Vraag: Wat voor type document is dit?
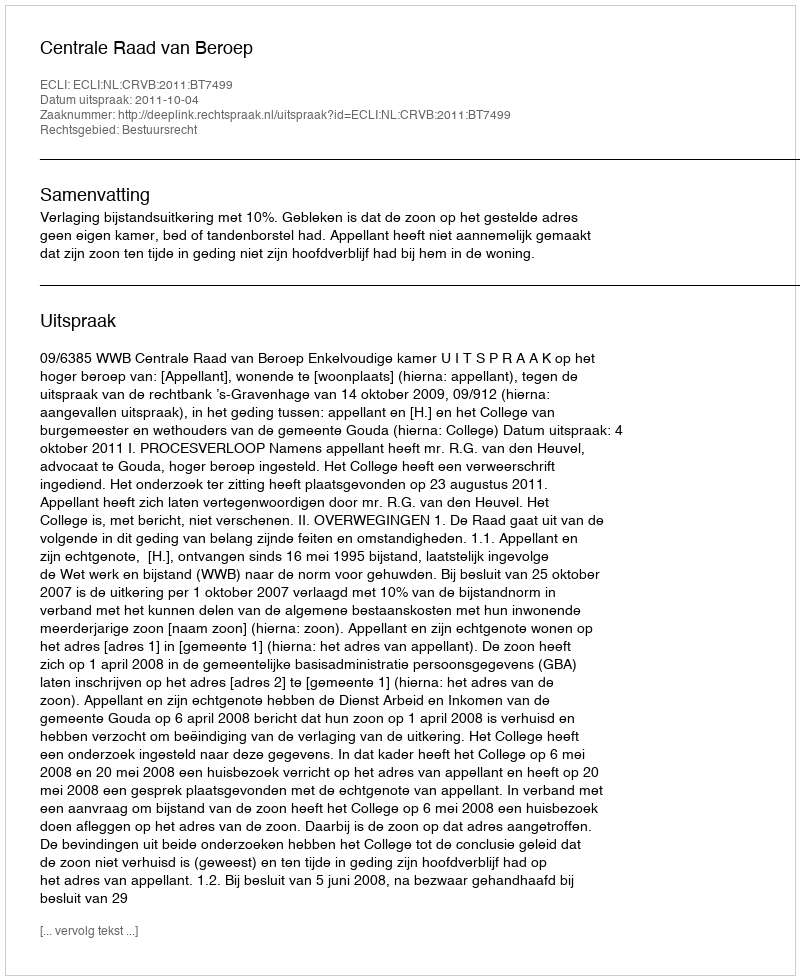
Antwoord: Uitspraak